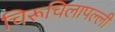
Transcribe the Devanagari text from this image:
चिरूचिलापल्ली